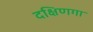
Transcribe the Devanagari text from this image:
दक्षिणगा